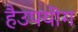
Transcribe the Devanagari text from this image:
हैउपयॊग